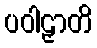
ပဝါဠှာတိ